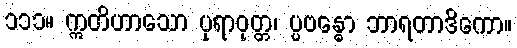
၁၁၁။ ဣတိဟာသော ပုရာဝုတ္တ၊ ပ္ပဗန္ဓော ဘာရတာဒိကော။